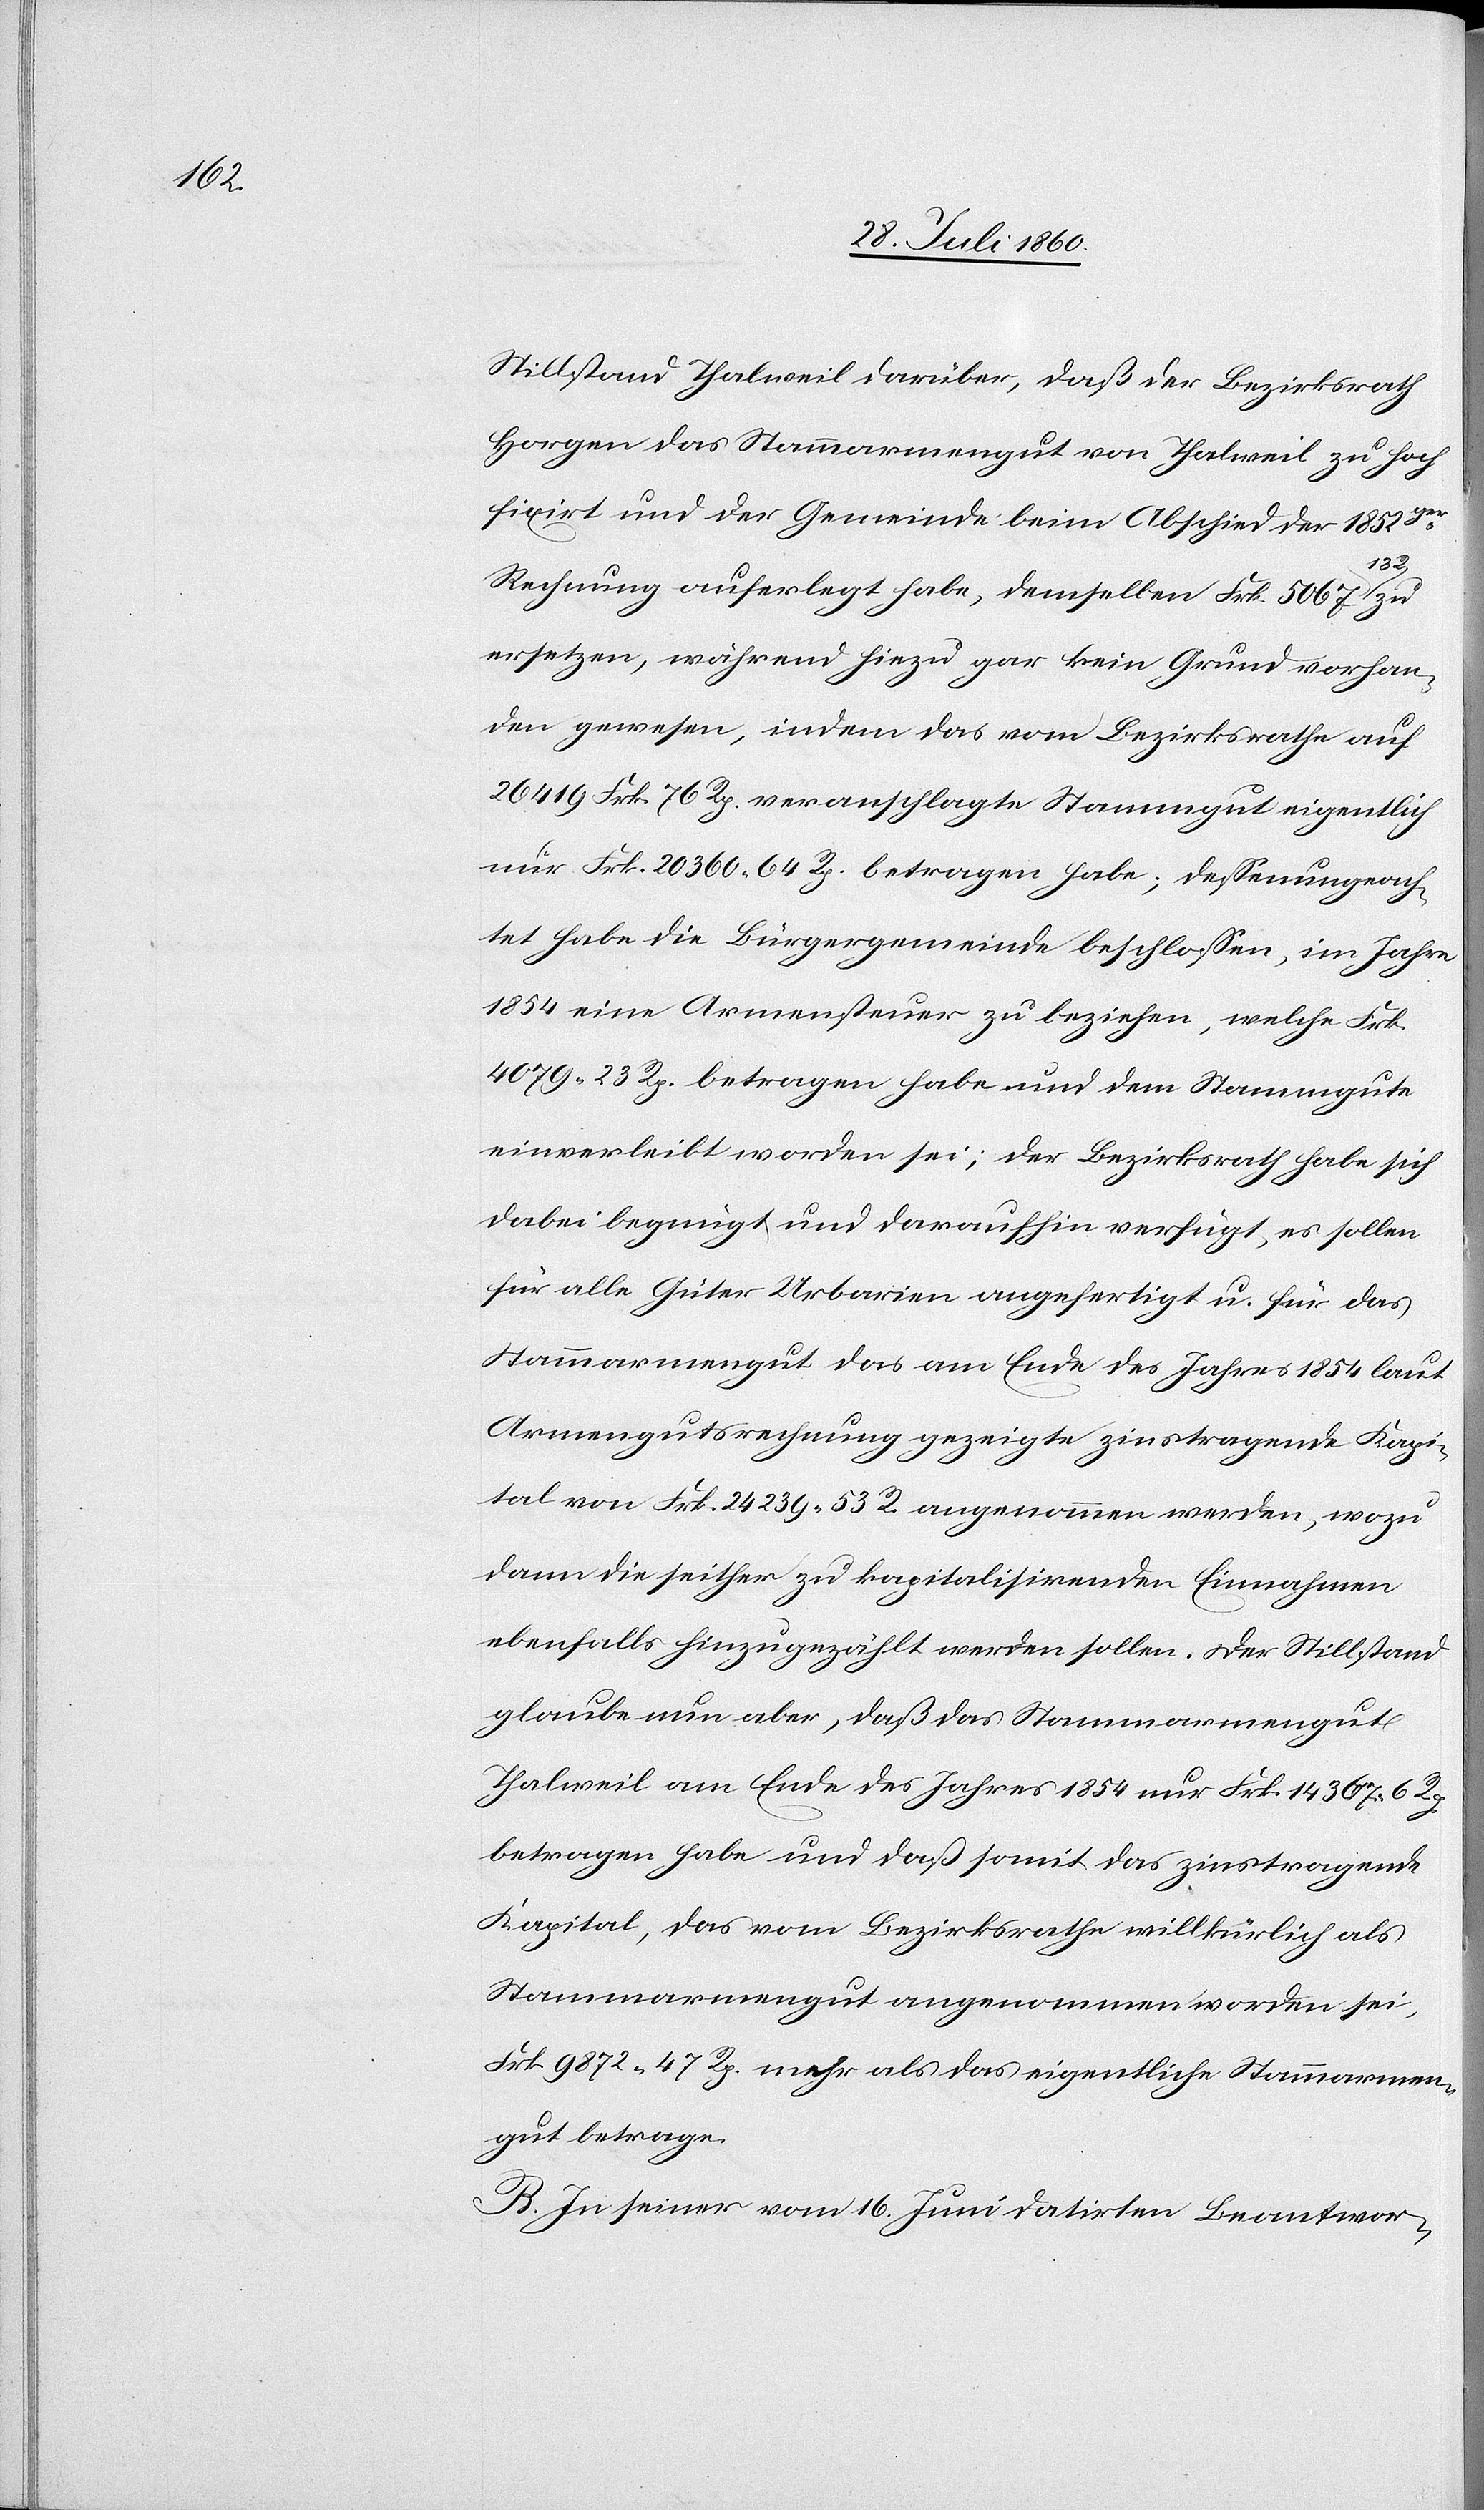
Stillstand Thalweil darüber, dass der Bezirksrath
Horgen das Stammenarmengut [sic!] von Thalweil zu hoch
fixirt und der Gemeinde beim Abschied der 1852ger
Rechnung auferlegt habe, demselben 5067 fcs. 13 Rp. zu
ersetzen, während hiezu gar kein Grund vorhan¬
den gewesen, indem das vom Bezirksrath auf
26 419 fcs. 76C veranschlagte Stammgut eigentlich
nur fcs. 20 360. Rp. 64 betragen habe; dessen ungeach¬
tet habe die Bürgergemeinde beschlossen, im Jahre
1854 eine Armensteuer zu beziehen, welche fcs.
4079 23C betragen habe und dem Stammgut
einverleibt worden sei; der Bezirksrath habe sich
dabei begnügt und daraufhin verfügt, es sollen
für alle Güter Urbarien angefertigt und für das
Stammarmengut das am Ende des Jahres 1854 laut
Armengutsrechnung gezeigte zinstragende Capi¬
tal von fcs. 24 239. 53C angenommen werden, wozu
dann die seither zu kapitalisirenden Einnahmen
ebenfalls hinzugezählt werden sollen. Der Stillstand
glaube nun aber, dass das Stammarmengut
Thalweil am Ende des Jahres 1854 nur fcs. 14 367 6C
betragen habe und dass somit das zinstragende
Kapital, das vom Bezirksrathe willkürlich als
Stammarmengut angenommen worden sei,
frk. 9872. 47C mehr als das eigentliche Stammarmen¬
gut betrage.
B. In seiner vom 16. Juni datirten Beantwor-